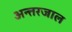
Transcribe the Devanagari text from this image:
अन्त्तरजाल